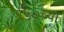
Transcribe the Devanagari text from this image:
९५०च्या